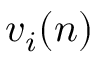
v _ { i } ( n )